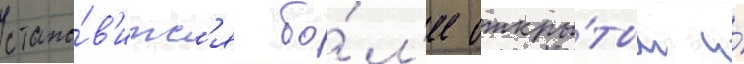
стано́в'итс'я бо́л'ее откры́тым и́